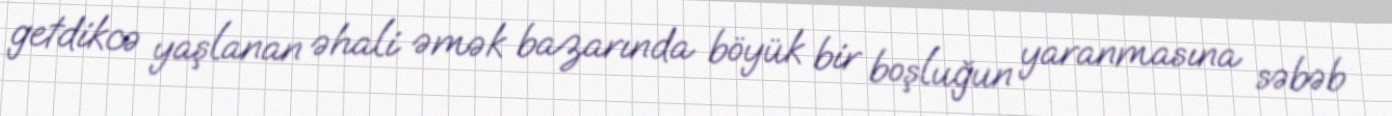
getdikcə yaşlanan əhali əmək bazarında böyük bir boşluğun yaranmasına səbəb